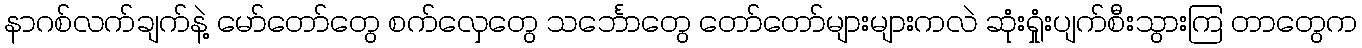
နာဂစ်လက်ချက်နဲ့ မော်တော်တွေ စက်လှေတွေ သင်္ဘောတွေ တော်တော်များများကလဲ ဆုံးရှုံးပျက်စီးသွားကြ တာတွေက